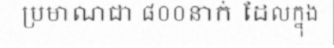
ប្រមាណជា ៨០០នាក់ ដែលក្នុង